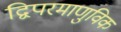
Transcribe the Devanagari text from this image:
द्विपरमाणुविक